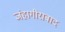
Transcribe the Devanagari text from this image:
जंहागीराबाद